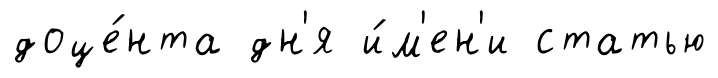
доце́нта дн'я и́м'ен'и статью